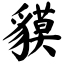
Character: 貘